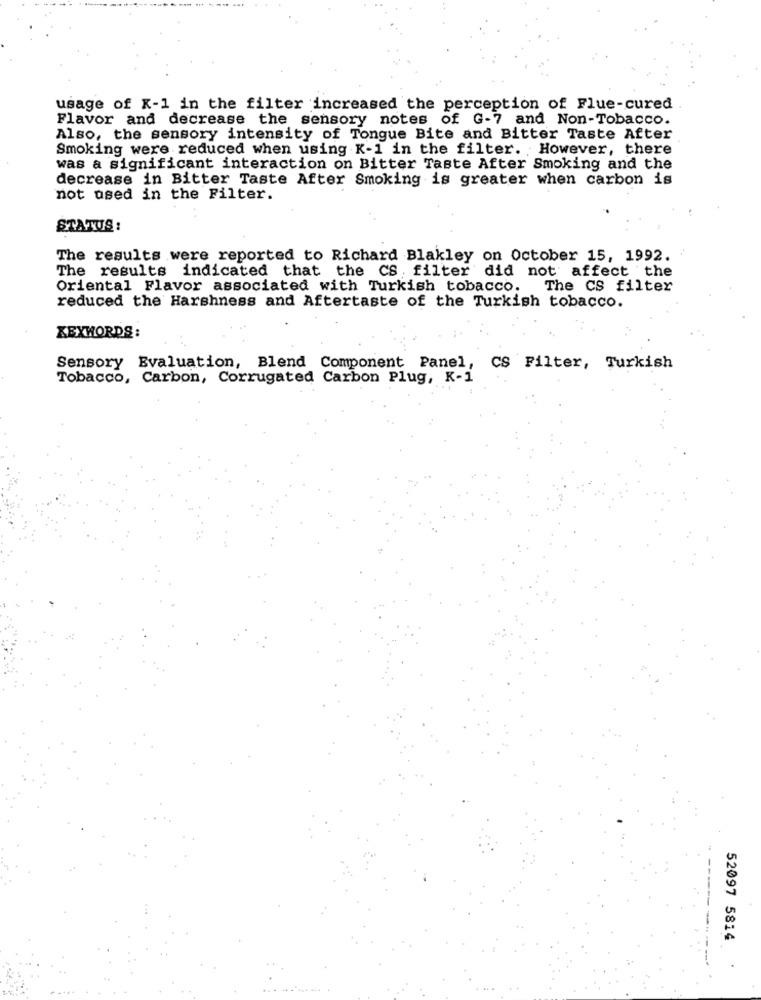
usage of K-1 in the filter increased the perception of Flue-cured
Flavor and decrease the sensory notes of G-7 and Non-Tobacco.
Also, the sensory intensity of Tongue Bite and Bitter Taste After
Smoking were reduced when using K-1 in the filter. However, there
was a significant interaction on Bitter Taste After Smoking and the
decrease in Bitter Taste After Smoking is greater when carbon is
not used in the Filter.
STATUS :
The results were reported to Richard Blakley on October 15, 1992.
The results indicated that the CS filter did not affect the
Oriental Flavor associated with Turkish tobacco.
The CS filter
reduced the Harshness and Aftertaste of the Turkish tobacco.
KEYWORDS:
Sensory Evaluation, Blend Component Panel, CS Filter, Turkish
Tobacco, Carbon, Corrugated Carbon Plug, K-1
52097 5814